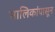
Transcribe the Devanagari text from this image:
मालिकांपासून